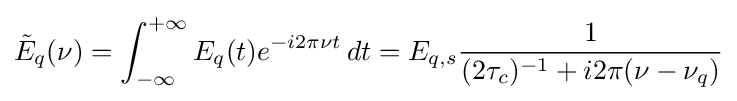
{\tilde {E}}_{q}(\nu )=\int _{-\infty }^{+\infty }E_{q}(t)e^{-i2\pi \nu t}\,dt=E_{q,s}{\frac {1}{(2\tau _{c})^{-1}+i2\pi (\nu -\nu _{q})}}